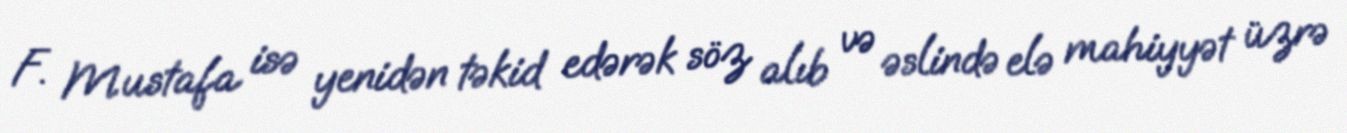
F. Mustafa isə yenidən təkid edərək söz alıb və əslində elə mahiyyət üzrə